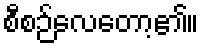
စီစဉ်လေတော့၏။